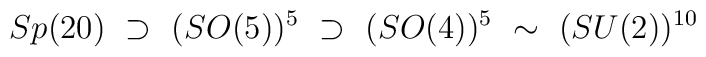
Sp(20) ~\supset ~ (SO(5))^5 ~\supset ~(SO(4))^5 ~ \sim ~ (SU(2))^{10}